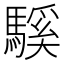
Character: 騱